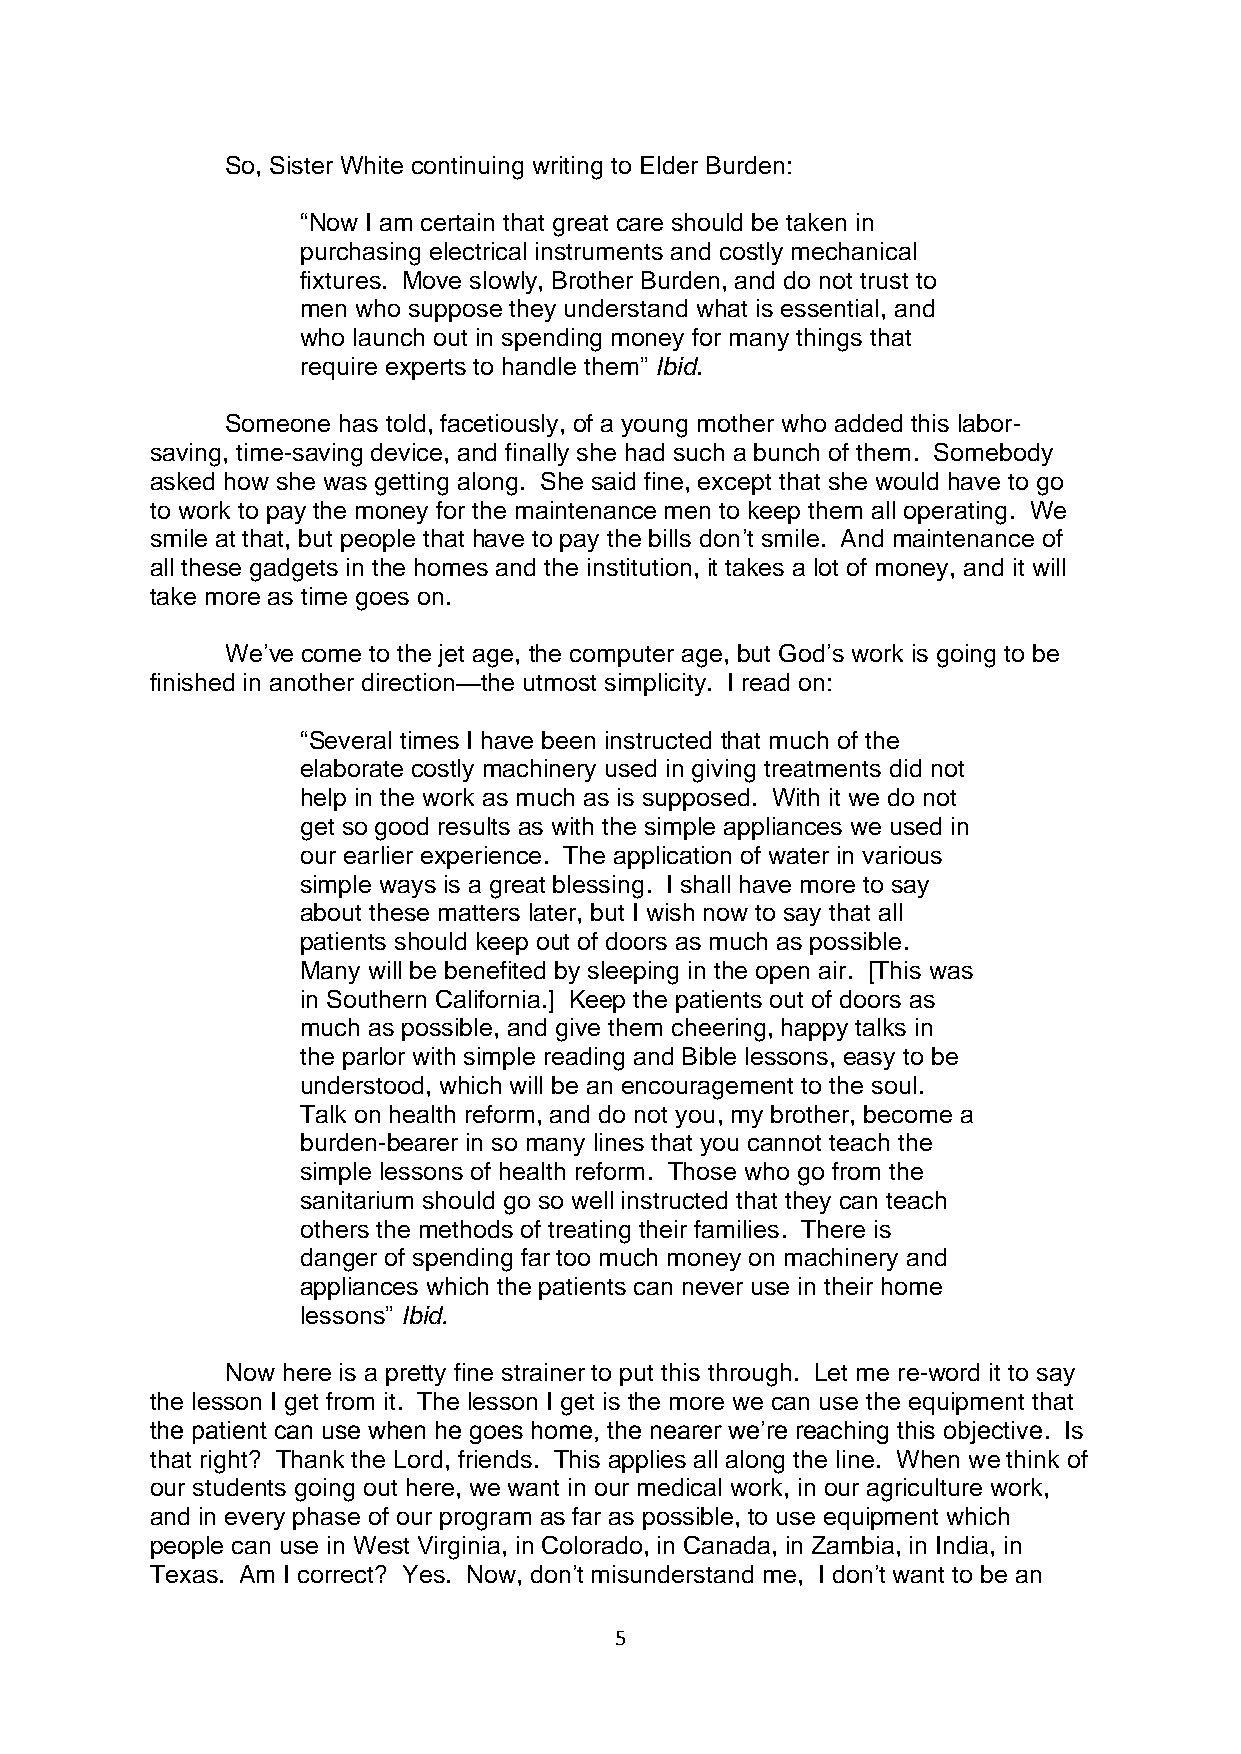
So, Sister White continuing writing to Elder Burden:
 “Now I am certain that great care should be taken in
 purchasing electrical instruments and costly mechanical
 fixtures. Move slowly, Brother Burden, and do not trust to
 men who suppose they understand what is essential, and
 who launch out in spending money for many things that
 require experts to handle them” Ibid.
 Someone has told, facetiously, of a young mother who added this labor-
 saving, time-saving device, and finally she had such a bunch of them. Somebody
 asked how she was getting along. She said fine, except that she would have to go
 to work to pay the money for the maintenance men to keep them all operating. We
 smile at that, but people that have to pay the bills don’t smile. And maintenance of
 all these gadgets in the homes and the institution, it takes a lot of money, and it will
 take more as time goes on.
 We’ve come to the jet age, the computer age, but God’s work is going to be
 finished in another direction—the utmost simplicity. I read on:
 “Several times I have been instructed that much of the
 elaborate costly machinery used in giving treatments did not
 help in the work as much as is supposed. With it we do not
 get so good results as with the simple appliances we used in
 our earlier experience. The application of water in various
 simple ways is a great blessing. I shall have more to say
 about these matters later, but I wish now to say that all
 patients should keep out of doors as much as possible.
 Many will be benefited by sleeping in the open air. [This was
 in Southern California.] Keep the patients out of doors as
 much as possible, and give them cheering, happy talks in
 the parlor with simple reading and Bible lessons, easy to be
 understood, which will be an encouragement to the soul.
 Talk on health reform, and do not you, my brother, become a
 burden-bearer in so many lines that you cannot teach the
 simple lessons of health reform. Those who go from the
 sanitarium should go so well instructed that they can teach
 others the methods of treating their families. There is
 danger of spending far too much money on machinery and
 appliances which the patients can never use in their home
 lessons” Ibid.
 Now here is a pretty fine strainer to put this through. Let me re-word it to say
 the lesson I get from it. The lesson I get is the more we can use the equipment that
 the patient can use when he goes home, the nearer we’re reaching this objective. Is
 that right? Thank the Lord, friends. This applies all along the line. When we think of
 our students going out here, we want in our medical work, in our agriculture work,
 and in every phase of our program as far as possible, to use equipment which
 people can use in West Virginia, in Colorado, in Canada, in Zambia, in India, in
 Texas. Am I correct? Yes. Now, don’t misunderstand me, I don’t want to be an
 5